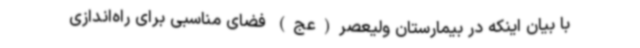
با بیان اینکه در بیمارستان ولیعصر(عج) فضای مناسبی برای راه‌اندازی